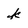
Character: k